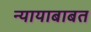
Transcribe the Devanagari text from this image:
न्यायाबाबत